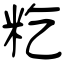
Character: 籺